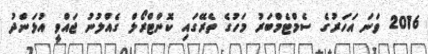
2016 ވަނަ އަހަރުގެ ސެމްޓެމްބަރު މަހުގެ ތެރޭގައި ކޮންޓްރޯލް ގެއްލުނު ޖައްވީ އުޅަންދު